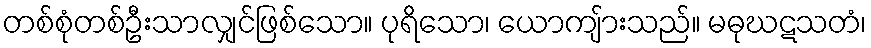
တစ်စုံတစ်ဦးသာလျှင်ဖြစ်သော။ ပုရိသော၊ ယောကျ်ားသည်။ မဓုဃဋသတံ၊